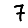
Digit: 7